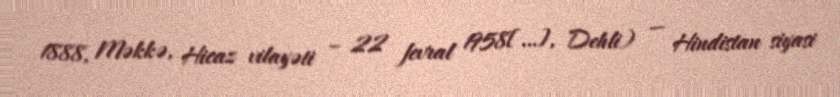
1888, Məkkə, Hicaz vilayəti – 22 fevral 1958[…], Dehli) — Hindistan siyasi